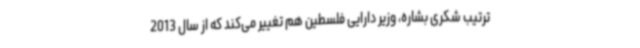
ترتیب شکری بشاره، وزیر دارایی فلسطین هم تغییر می‌کند که از سال 2013